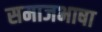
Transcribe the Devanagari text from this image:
समाजभाषा